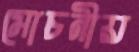
মোচনীয়